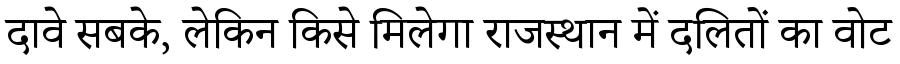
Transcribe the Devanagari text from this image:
दावे सबके, लेकिन किसे मिलेगा राजस्थान में दलितों का वोट